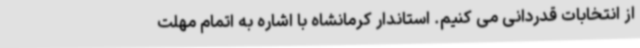
از انتخابات قدردانی می کنیم. استاندار کرمانشاه با اشاره به اتمام مهلت